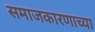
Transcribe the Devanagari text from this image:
समाजकारणाच्या